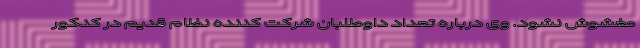
مغشوش نشود. وی درباره تعداد داوطلبان شرکت کننده نظام قدیم در کنکور